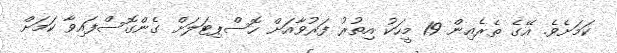
ކަމަށެވެ. އޭގެ ތެރެއިން 19 މީހަކު އިތުރު ފަރުވާއަށް ހޮސްޕިޓަލަށް ގެންގޮސްފައިވާ ކަމަށް